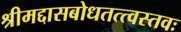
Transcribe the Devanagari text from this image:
श्रीमद्दासबोधतत्त्वस्तवः